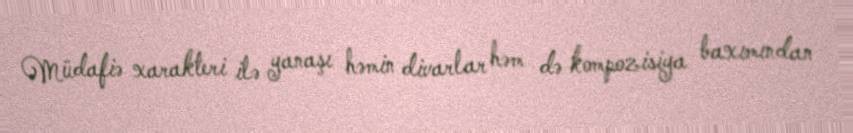
Müdafiə xarakteri ilə yanaşı həmin divarlar həm də kompozisiya baxımından